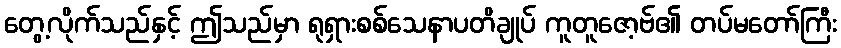
တွေ့လိုက်သည်နှင့် ဤသည်မှာ ရုရှားစစ်သေနာပတိချုပ် ကူတူဇော့ဗ်၏ တပ်မတော်ကြီး